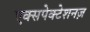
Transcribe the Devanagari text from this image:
एक्सपेक्टेशनज़